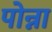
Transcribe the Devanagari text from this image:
पोन्ना